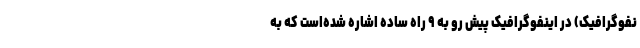
نفوگرافیک) در اینفوگرافیک پیش رو به ۹ راه ساده اشاره شده‌است که به